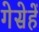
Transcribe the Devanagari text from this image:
गेसेहें